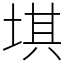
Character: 㙋